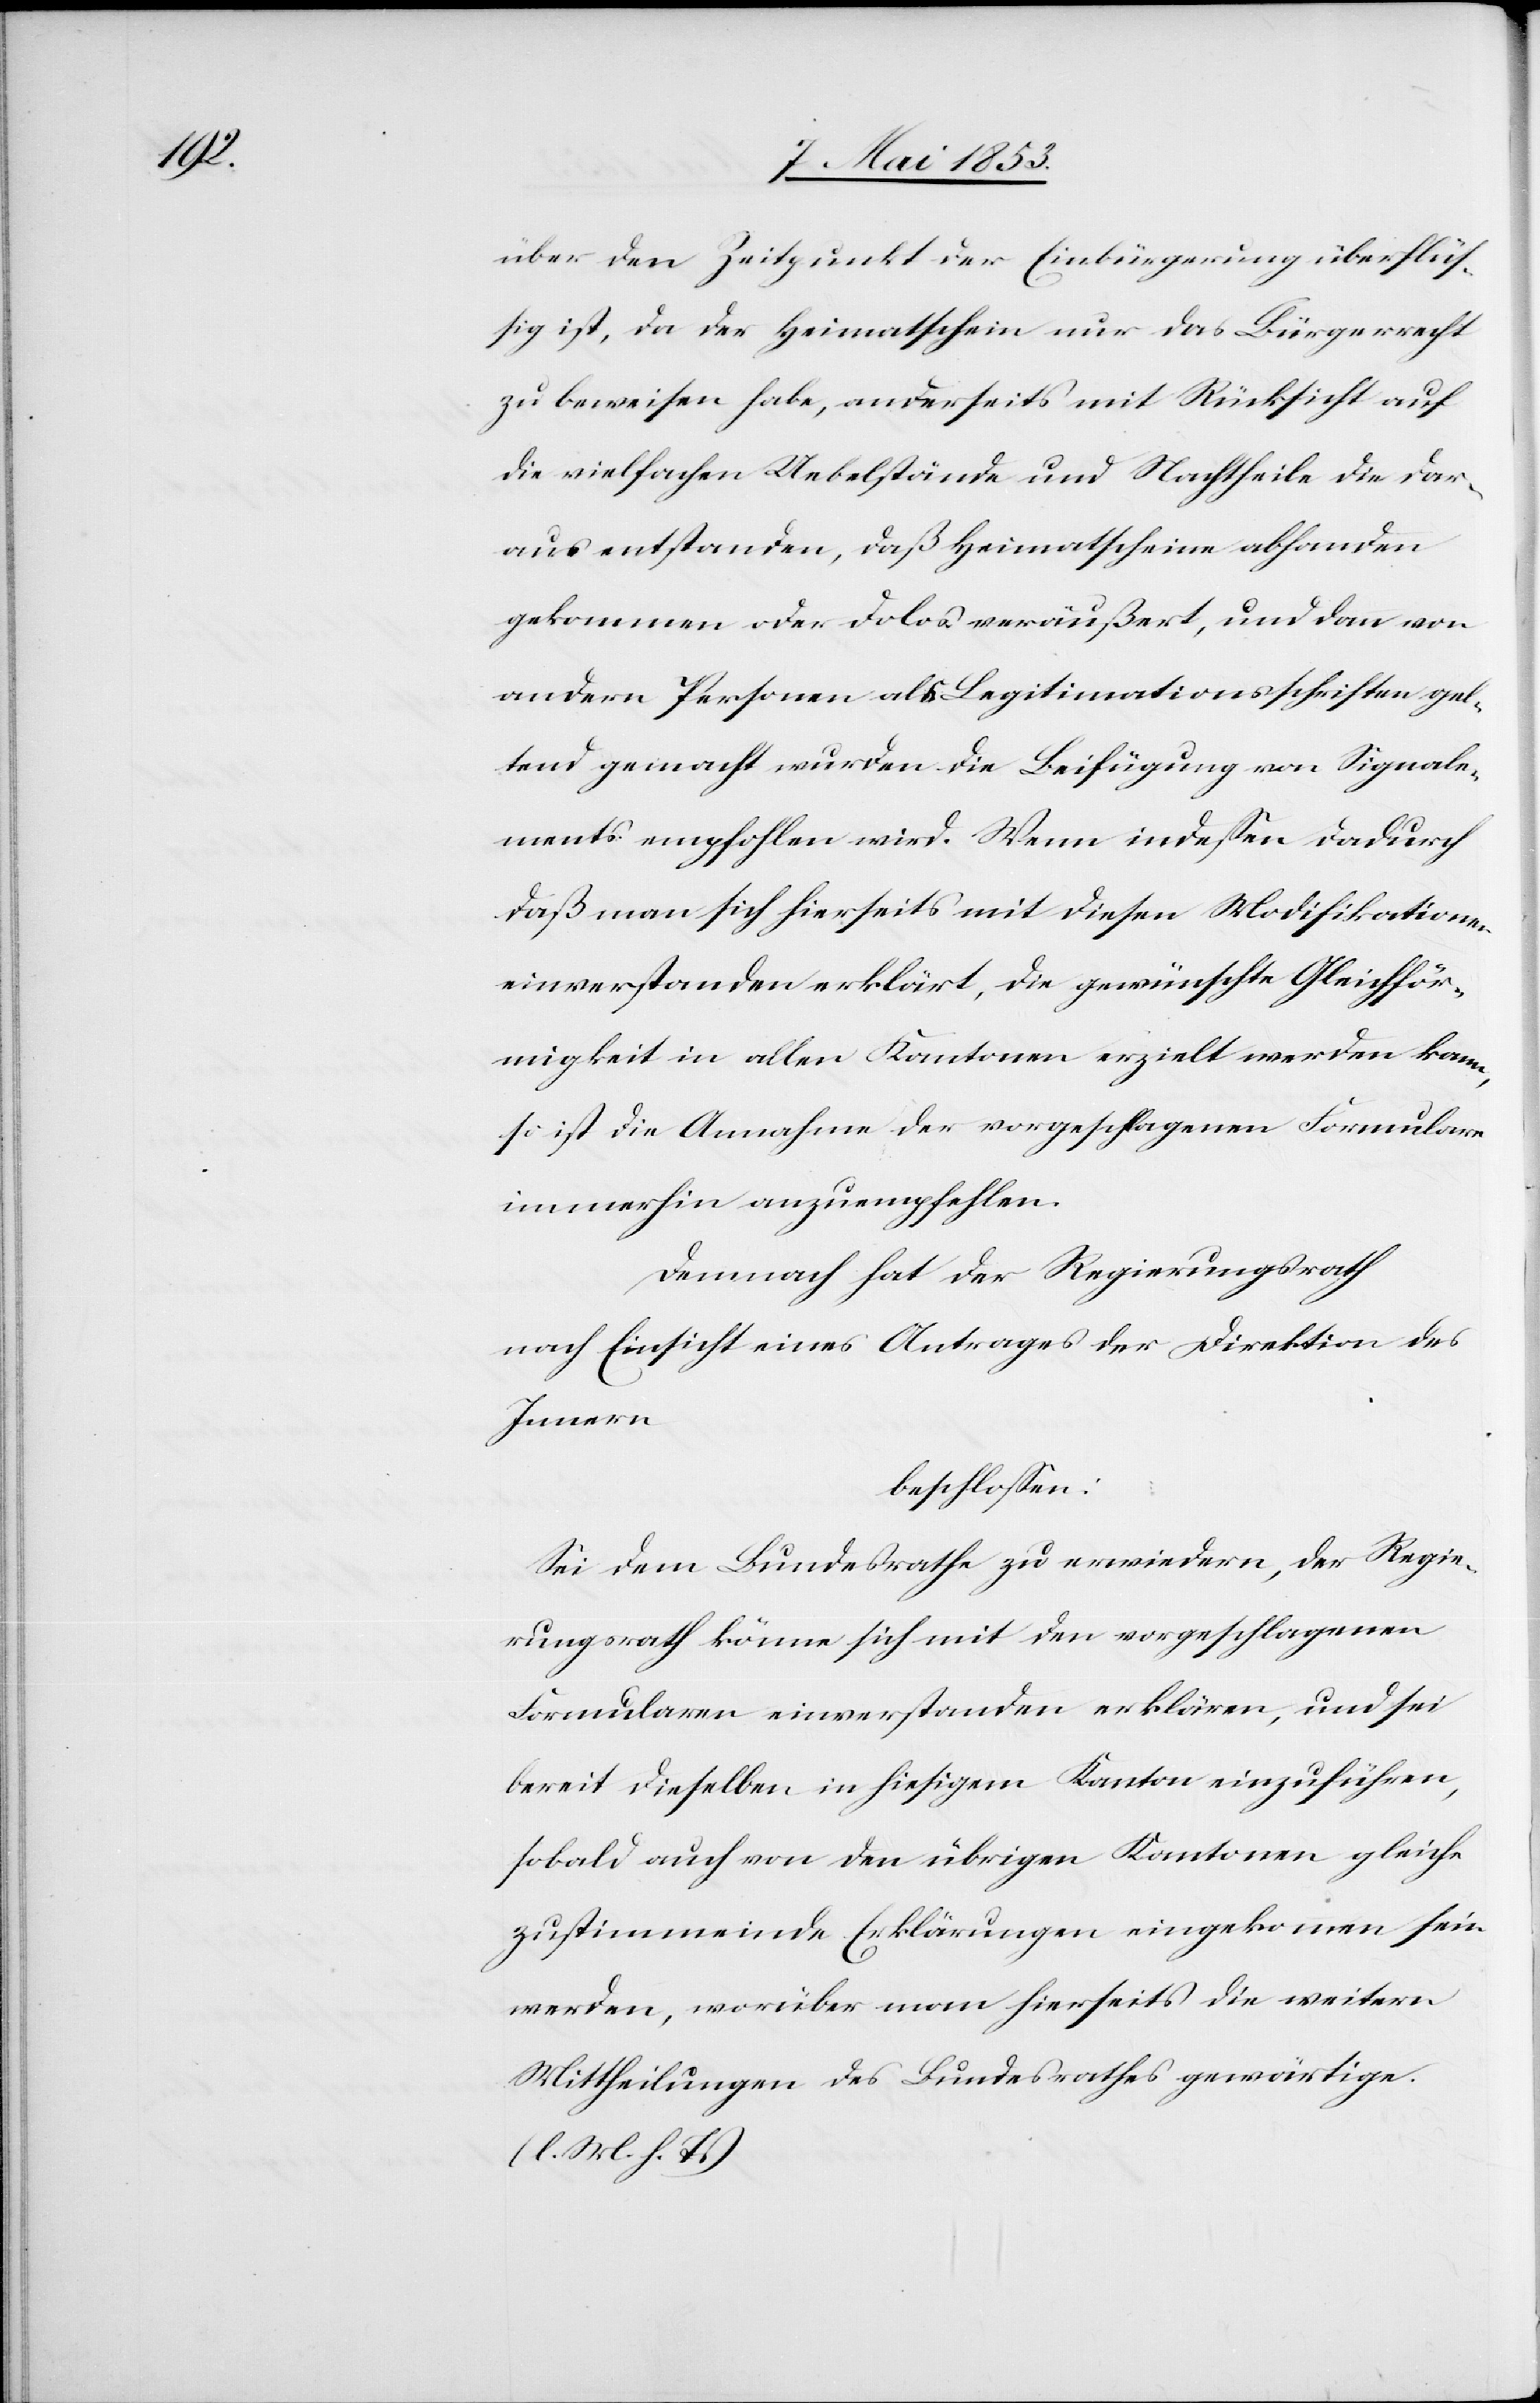
über den Zeitpunkt der Einbürgerung überflüs¬
sig ist, da der Heimathschein nur das Bürgerrecht
zu beweisen habe, anderseits mit Rücksicht auf
die vielfachen Uebelstände und Nachtheile die dar¬
aus entstanden, daß Heimathscheine abhanden
gekommen oder Dolos veräußert, und dann von
andern Personen als Legimitationsausschriften gel¬
tend gemacht wurden die Beifügung von Signale¬
ments empfohlen wird. Wenn indeßen dadurch
daß man sich hierseits mit diesen Modifikationen
einverstanden erklärt, die gewünschte Gleichför¬
migkeit in allen Kantonen erzielt werden kann,
so ist die Annahme der vorgeschlagenen Formulare
immerhin anzuempfehlen.
Demnach hat der Regierungsrath
nach Einsicht eines Antrages der Direktion des
Innern
beschloßen:
Sei dem Bundesrathe zu erwiedern, der Regie¬
rungsrath könne sich mit den vorgeschlagenen
Formularen einverstanden erklären, und sei
bereit dieselben in hiesigem Kanton einzuführen,
sobald auch von den übrigen Kantonen gleich¬
zustimmende Erklärungen eingekommen sein
werden, worüber man hierseits die weitern
Mittheilungen des Bundesrathes gewärtige.
[l. M. h. T]